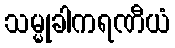
သမ္မုခါကရဏီယံ